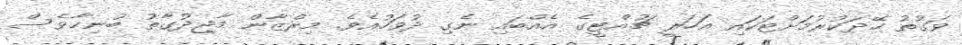
ވަގުތު ހޭދަކުރުމަށްޓަކައި އަހަރީ ޗުއްޓީގެ އެއްބައި ނެގި ދުވަހުއެވެ. މިރްޒާން މާޖިދުގާތު ބުނިހާވެސް